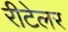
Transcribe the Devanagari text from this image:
रीटेलर